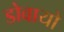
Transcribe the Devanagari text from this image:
डोवायो